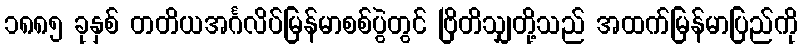
၁၈၈၅ ခုနှစ် တတိယအင်္ဂလိပ်မြန်မာစစ်ပွဲတွင် ဗြိတိသျှတို့သည် အထက်မြန်မာပြည်ကို